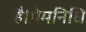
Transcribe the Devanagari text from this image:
है।प्रेमनिधि